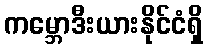
ကမ္ဘောဒီးယားနိုင်ငံရှိ